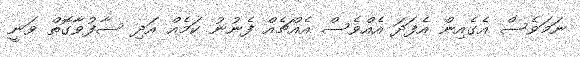
ނަމަވެސް އެގެއިން އެފަދަ އެއްވެސް އެއްޗެއް ފެނުނު ކަމެއް އަދި ސާފުވާގޮތް ވަނީ